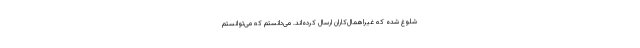
شلوغ شده که غیراهمال‌کاران ارسال کرده‌اند. می‌دانستم که می‌توانستم